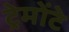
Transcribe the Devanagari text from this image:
ट्रेमोंटे